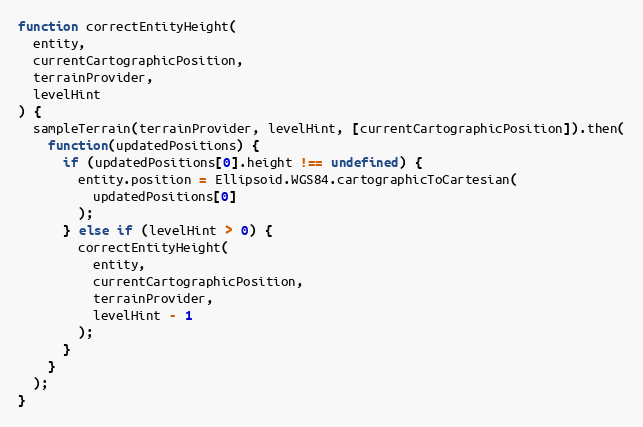
Language: JavaScript
function correctEntityHeight(
  entity,
  currentCartographicPosition,
  terrainProvider,
  levelHint
) {
  sampleTerrain(terrainProvider, levelHint, [currentCartographicPosition]).then(
    function(updatedPositions) {
      if (updatedPositions[0].height !== undefined) {
        entity.position = Ellipsoid.WGS84.cartographicToCartesian(
          updatedPositions[0]
        );
      } else if (levelHint > 0) {
        correctEntityHeight(
          entity,
          currentCartographicPosition,
          terrainProvider,
          levelHint - 1
        );
      }
    }
  );
}